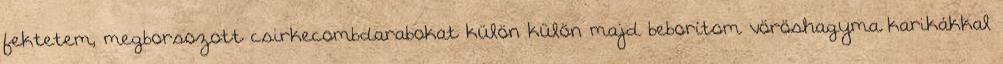
fektetem, megborsozott csirkecombdarabokat külön külön majd beborítom vöröshagyma karikákkal